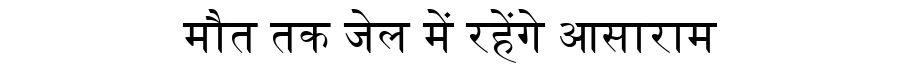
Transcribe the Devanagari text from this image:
मौत तक जेल में रहेंगे आसाराम